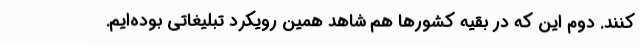
کنند. دوم این که در بقیه کشورها هم شاهد همین رویکرد تبلیغاتی بوده‌ایم.